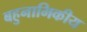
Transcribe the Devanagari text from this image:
बहुनाभिकीय